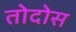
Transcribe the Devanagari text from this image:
तोदोस